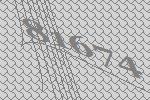
81674